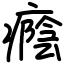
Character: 癊